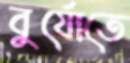
বুর্যোতে